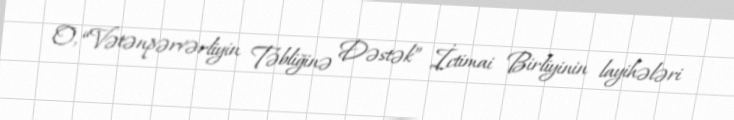
O, “Vətənpərvərliyin Təbliğinə Dəstək” İctimai Birliyinin layihələri